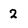
Character: 2